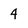
Character: 4